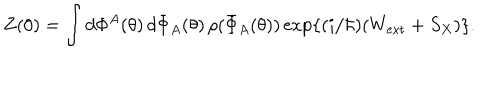
Z ( 0 ) = \int d \Phi ^ { A } ( \theta ) \, d \bar { \Phi } _ { A } ( \theta ) \, \rho ( \bar { \Phi } _ { A } ( \theta ) ) \exp \{ ( i / \hbar ) ( W _ { \mathrm { e x t } } + S _ { X } ) \} .